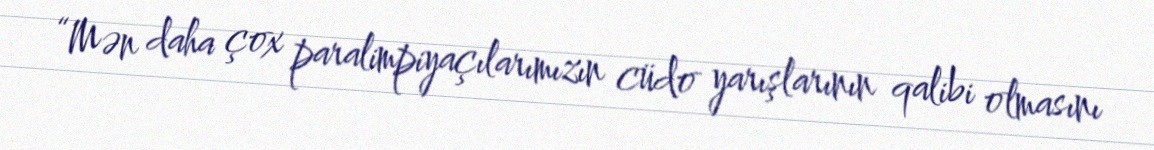
“Mən daha çox paralimpiyaçılarımızın cüdo yarışlarının qalibi olmasını